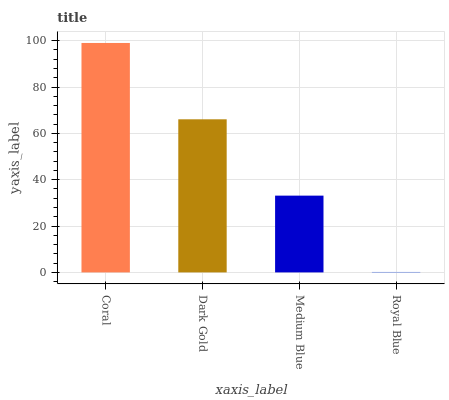
| xaxis_label | bars |
 | --- | --- |
 | Coral | 99 |
 | Dark Gold | 66.1 |
 | Medium Blue | 33.1 |
 | Royal Blue | 0.191 |